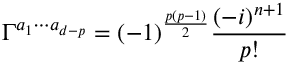
\Gamma ^ { a _ { 1 } \cdots a _ { d - p } } = ( - 1 ) ^ { \frac { p ( p - 1 ) } { 2 } } \frac { ( - i ) ^ { n + 1 } } { p ! }